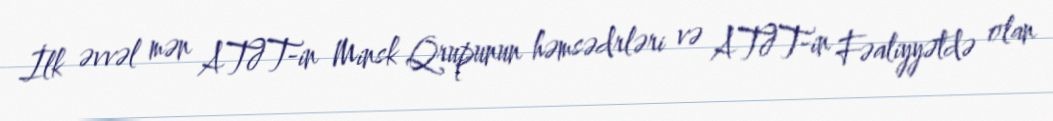
İlk əvvəl mən ATƏT-in Minsk Qrupunun həmsədrləri və ATƏT-in Fəaliyyətdə olan